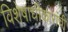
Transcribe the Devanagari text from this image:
विशेषाधीकारांची